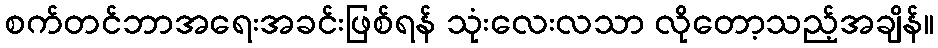
စက်တင်ဘာအရေးအခင်းဖြစ်ရန် သုံးလေးလသာ လိုတော့သည့်အချိန်။